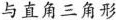
与直角三角形